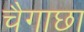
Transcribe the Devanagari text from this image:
चैगाछा